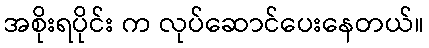
အစိုးရပိုင်း က လုပ်ဆောင်ပေးနေတယ်။